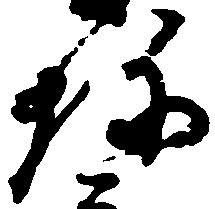
珍